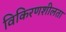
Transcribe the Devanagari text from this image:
विकिरणशीलता